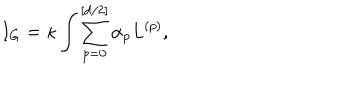
I _ { G } = \kappa \int \sum _ { p = 0 } ^ { [ d / 2 ] } \alpha _ { p } L ^ { ( p ) } ,